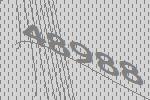
48988